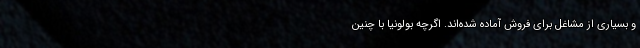
و بسیاری از مشاغل برای فروش آماده شده‌اند. اگرچه بولونیا با چنین